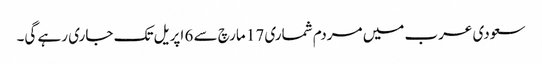
سعودی عرب میں مردم شماری 17 مارچ سے 6 اپریل تک جاری رہے گی۔